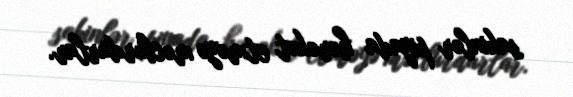
sakinlər piyada hərəkət etməyə məcburdurlar.